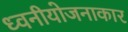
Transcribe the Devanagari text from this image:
ध्वनीयोजनाकार